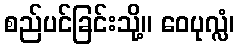
စည်ပင်ခြင်းသို့။ ဝေပုလ္လံ၊